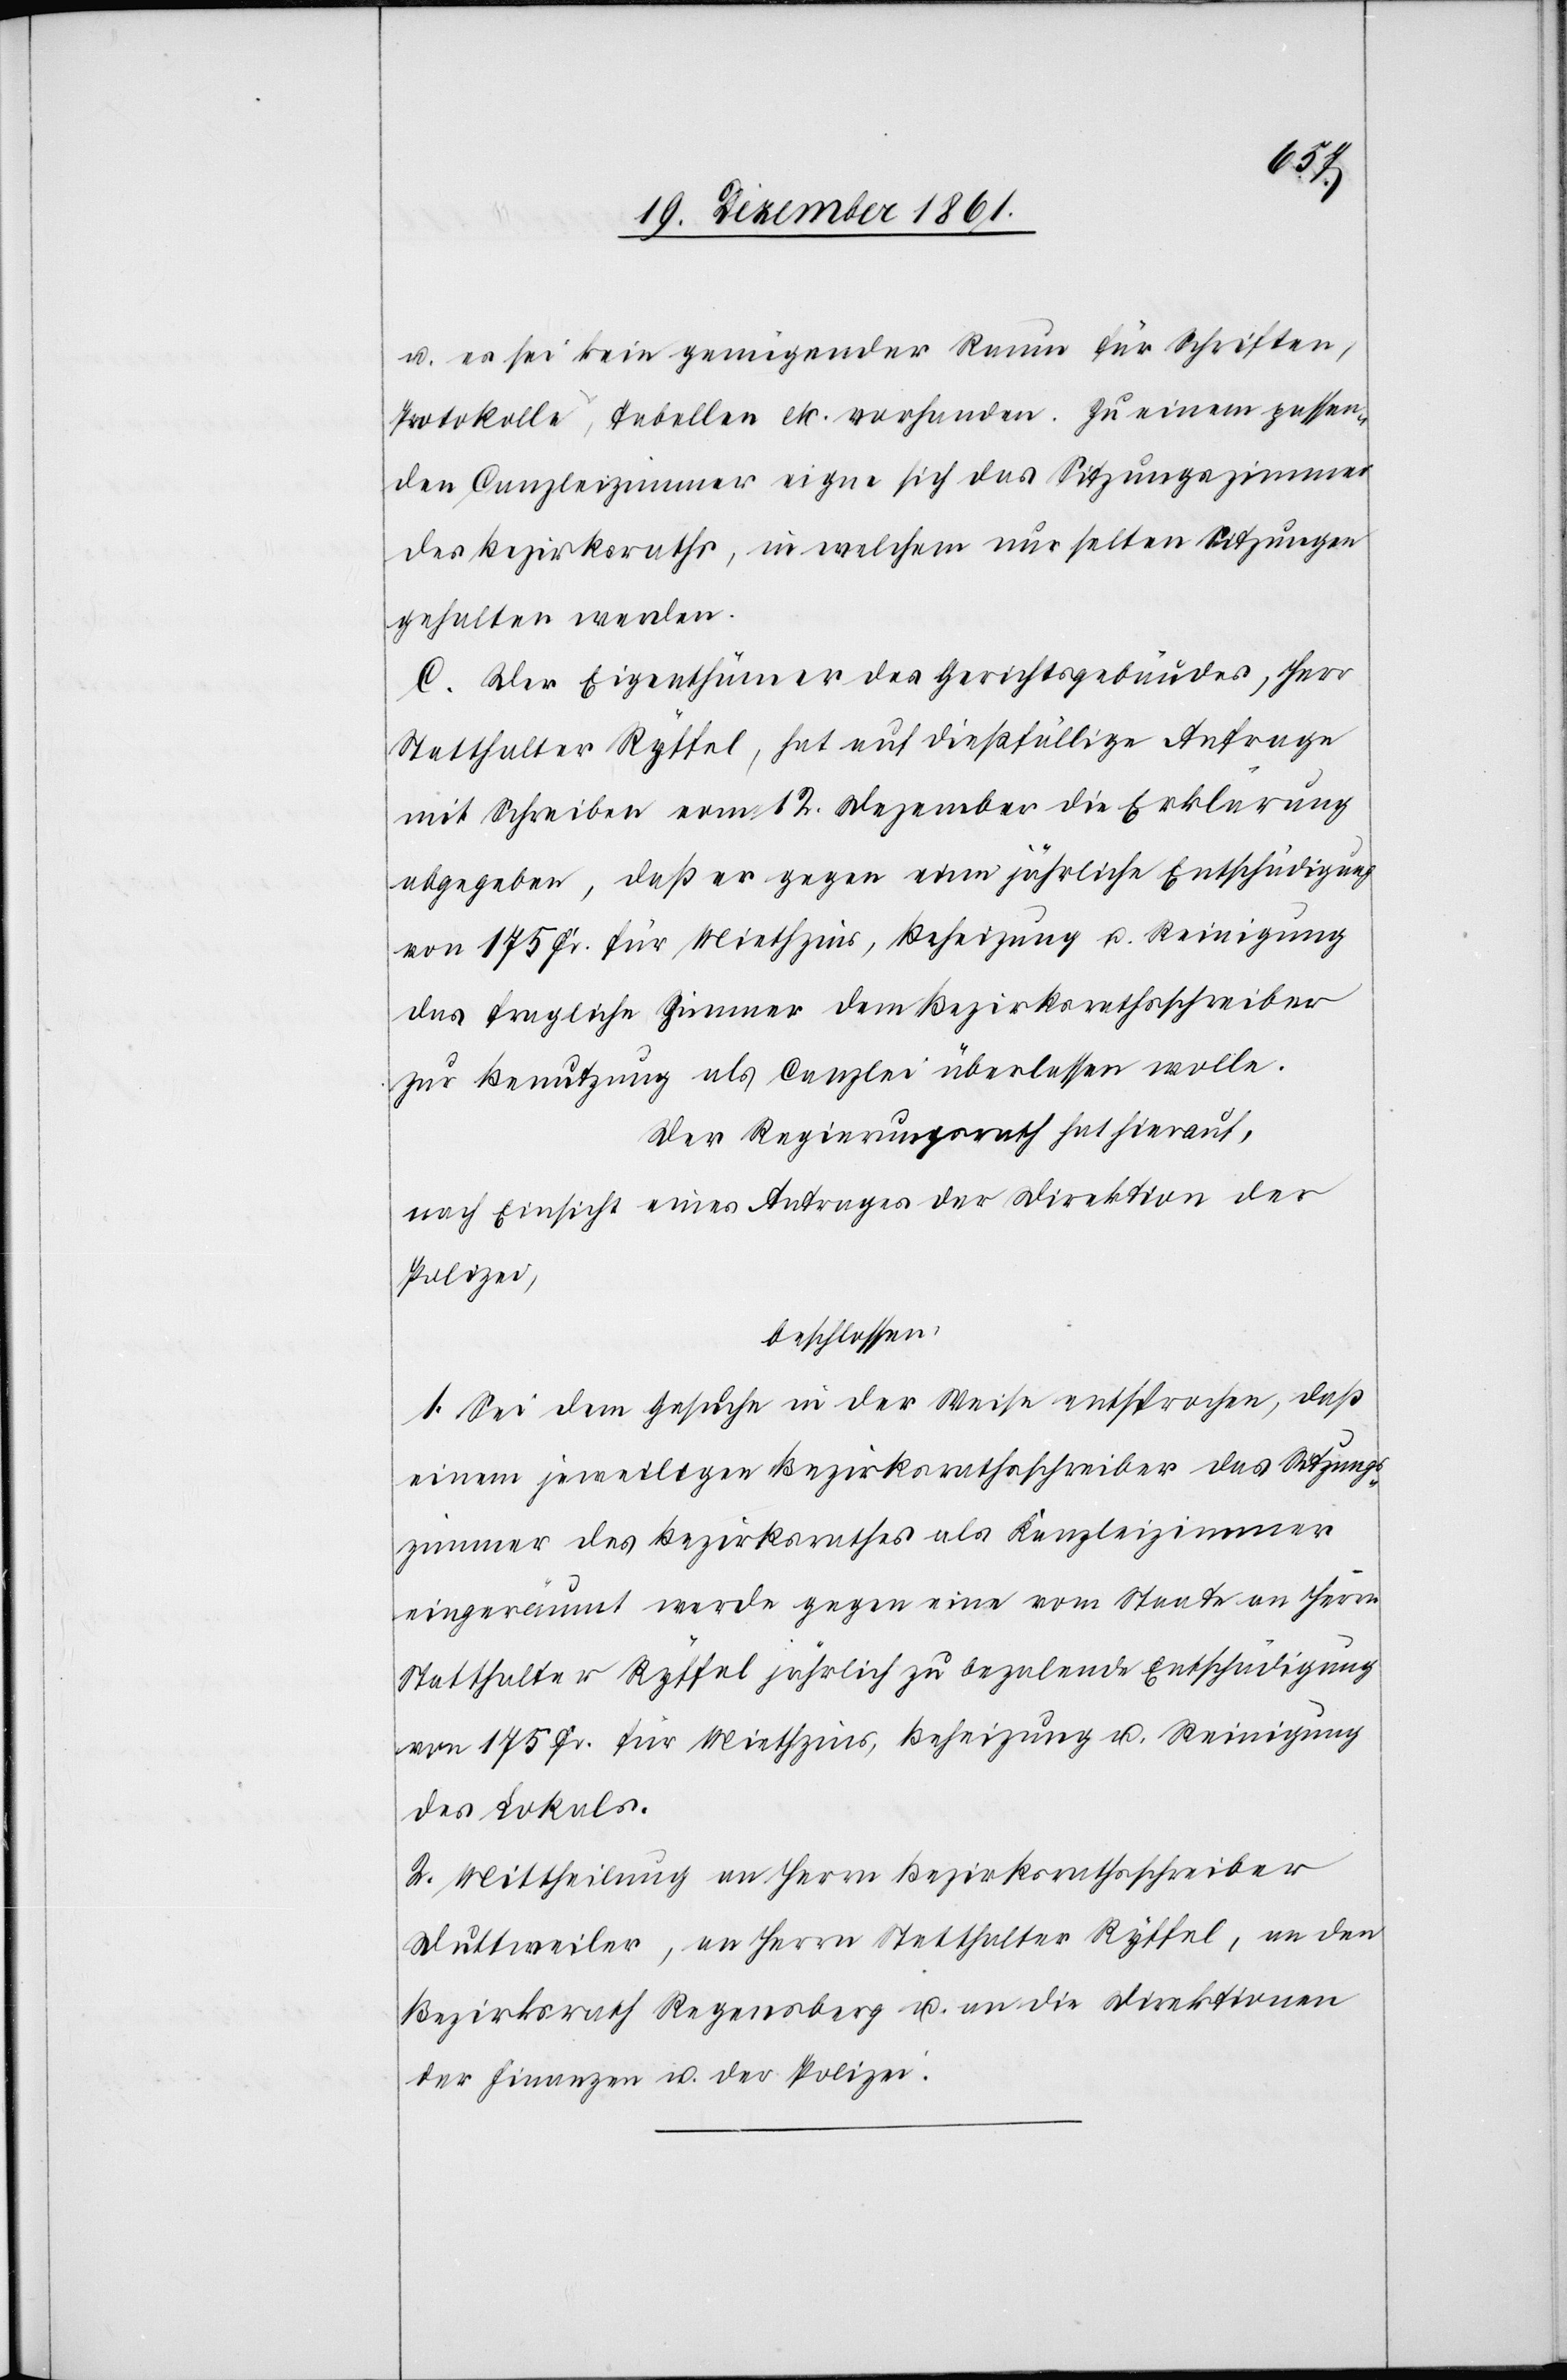
u. es sei kein genügender Raum für Schriften,
Protokolle, Tabellen etc. vorhanden. Zu einem passen¬
den Canzleizimmer eigne sich das Sitzungszimmer
des Bezirksrathes, in welchem nur selten Sitzungen
gehalten werden.
C. Der Eigenthümer des Gerichtsgebäudes, Herr
Statthalter Ryffel, hat auf dießfällige Anfrage
mit Schreiben vom 12 Dezember die Erklärung
abgegeben, daß er gegen eine jährliche Entschädigung
von 175 Fr. für Miethzins, Beheizung u. Reinigung
das fragliche Zimmer dem Bezirksrathsschreiber
zur Benutzung als Canzlei überlassen wolle.
Der Regierungsrath hat hierauf,
nach Einsicht eines Antrages der Direktion der
Polizei,
beschlossen:
1. Sei dem Gesuche in der Weise entsprochen, daß
einem jeweiligen Bezirksrathsschreiber das Sitzungs¬
zimmer des Bezirksrathes als Kanzleizimmer
eingeräumt werde gegen eine vom Staate an Herrn
Statthalter Ryffel jährlich zu bezalende Entschädigung
von 175 Fr. für Miethzins, Beheizung u. Reinigung
des Lokals.
2. Mittheilung an Herrn Bezirksrathsschreiber
Duttweiler, an Herrn Statthalter Ryffel, an den
Bezirksrath Regensberg u. an die Direktion
der Finanzen u. der Polizei.